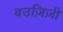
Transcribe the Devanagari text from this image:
बउज़िज़ी